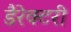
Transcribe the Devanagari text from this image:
डैरेक्टरी